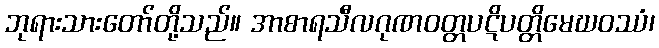
ဘုရားသားတော်တို့သည်။ အာစာရသီလဂုဏဝတ္တပဋိပတ္တိမေဃဝဿံ၊